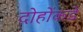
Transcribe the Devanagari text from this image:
दोहोंकडे